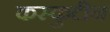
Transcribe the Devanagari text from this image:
कस्कुटीन